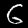
Label: 6